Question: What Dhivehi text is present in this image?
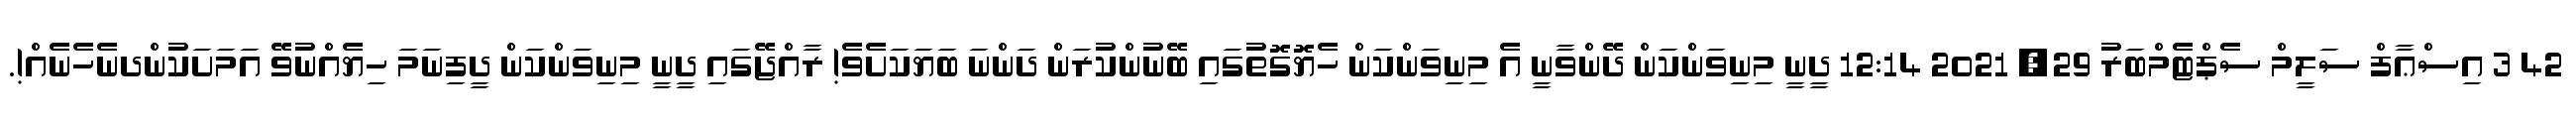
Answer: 42 3 އިސްޢާފް ސަލީމް ސެޕްޓެމްބަރު 29, 2021 12:14 ދީނީ މިނިވަންކަން ދޭންވާނީ އެ މިނިވަންކަން ހެޔޮގޮތުގައި ބޭނުންކުރަން ދަންނަ ބަޔަކަށެވެ! ރާއްޖޭގައި ދީނީ މިނިވަންކަން ދީފިނަމަ ހިޔެއްނުވޭ އަމަށަކުންދނެހެނެއް!.